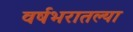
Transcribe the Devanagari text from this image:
वर्षभरातल्या